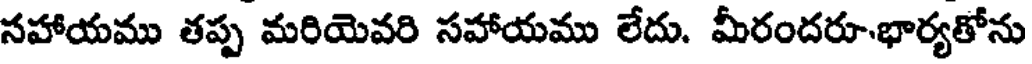
సహాయము తప్ప మరియెవరి సహాయము లేదు. మీరందరూ-భార్యతోను